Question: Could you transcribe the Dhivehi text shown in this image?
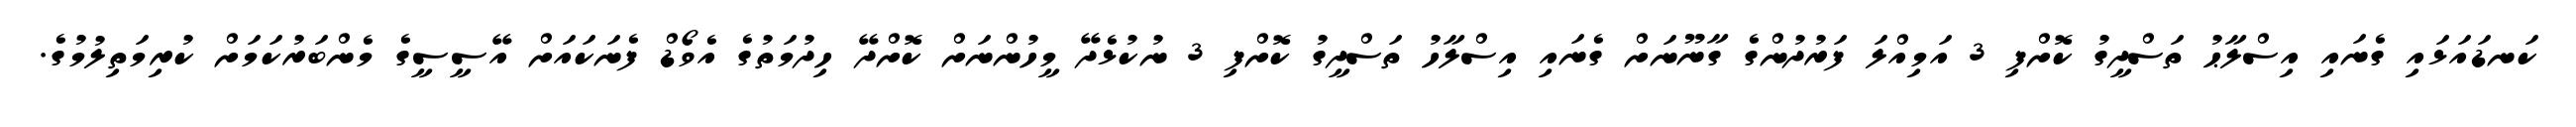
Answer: ކަނޑައަޅައި ގެނައި އިސްލާޙު ތަސްދީގު ކޮށްފި 3 އަމިއްލަ ފަރުދުންގެ ގާނޫނަށް ގެނައި އިސްލާހު ތަސްދީގު ކޮށްފި 3 ނުކުޅެދޭ މީހުންނަށް ކޮށްދޭ ހިދުމަތުގެ އެވޯޑް ފެނަކައަށް އޭސީސީގެ މެންބަރުކަމަށް ކުރިމަތިލުމުގެ.